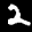
Label: 2